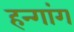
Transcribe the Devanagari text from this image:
हन्गांग